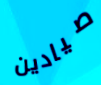
صيادين